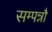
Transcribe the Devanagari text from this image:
सम्पन्नौ